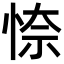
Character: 𭝎